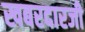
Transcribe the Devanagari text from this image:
खबरदारजी